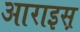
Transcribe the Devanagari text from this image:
आराइस़